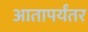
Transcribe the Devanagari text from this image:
आतापर्यंतर